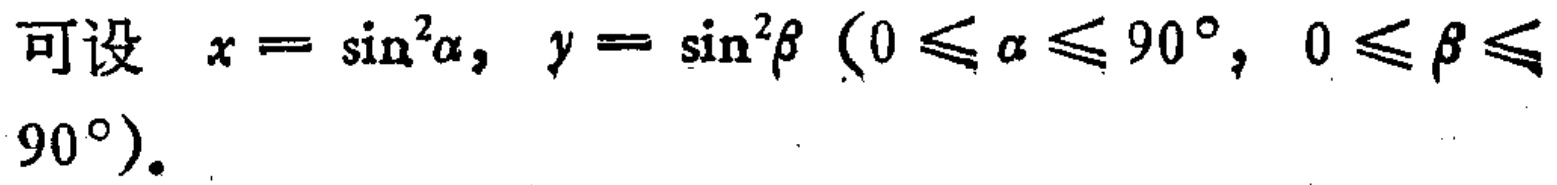
可设 \(x = \sin^{2}\alpha, y = \sin^{2}\beta\ (0\leqslant\alpha\leqslant 90^{\circ}, 0\leqslant\beta\leqslant 90^{\circ})\).